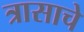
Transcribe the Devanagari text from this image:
त्रासाचे